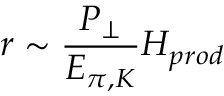
r \sim \frac { P _ { \perp } } { E _ { \pi , K } } H _ { p r o d }